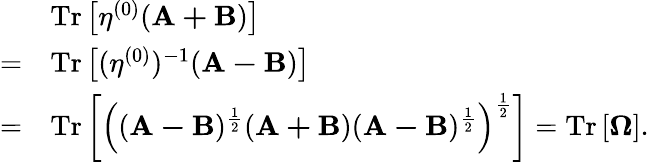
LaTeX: \begin{array}{rl}&{\mathrm{Tr}\left[\mathbf{\eta}^{(0)}(\mathbf{A+B})\right]}\\ {=}&{\mathrm{Tr}\left[(\mathbf{\eta}^{(0)})^{-1}(\mathbf{A-B})\right]}\\ {=}&{\mathrm{Tr}\left[\left((\mathbf{A-B})^{\frac{1}{2}}(\mathbf{A+B})(\mathbf{A-B})^{\frac{1}{2}}\right)^{\frac{1}{2}}\right]=\mathrm{Tr}\left[\mathbf{\Omega}\right].}\end{array}